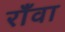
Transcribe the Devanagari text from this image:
राँवा